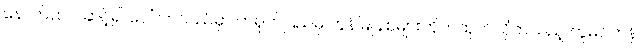
နောက်ထပ် ဆင့်၍ ပေါ်လာသည်မှာ တရုတ်ပြည်မှ ကွန်မြူနစ်များတိုက်ထုတ်လိုက်သည့် ကူမင်တန်